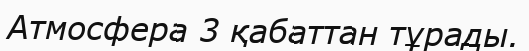
Атмосфера 3 қабаттан тұрады.